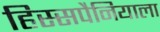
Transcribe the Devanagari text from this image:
हिस्सपैनियाला